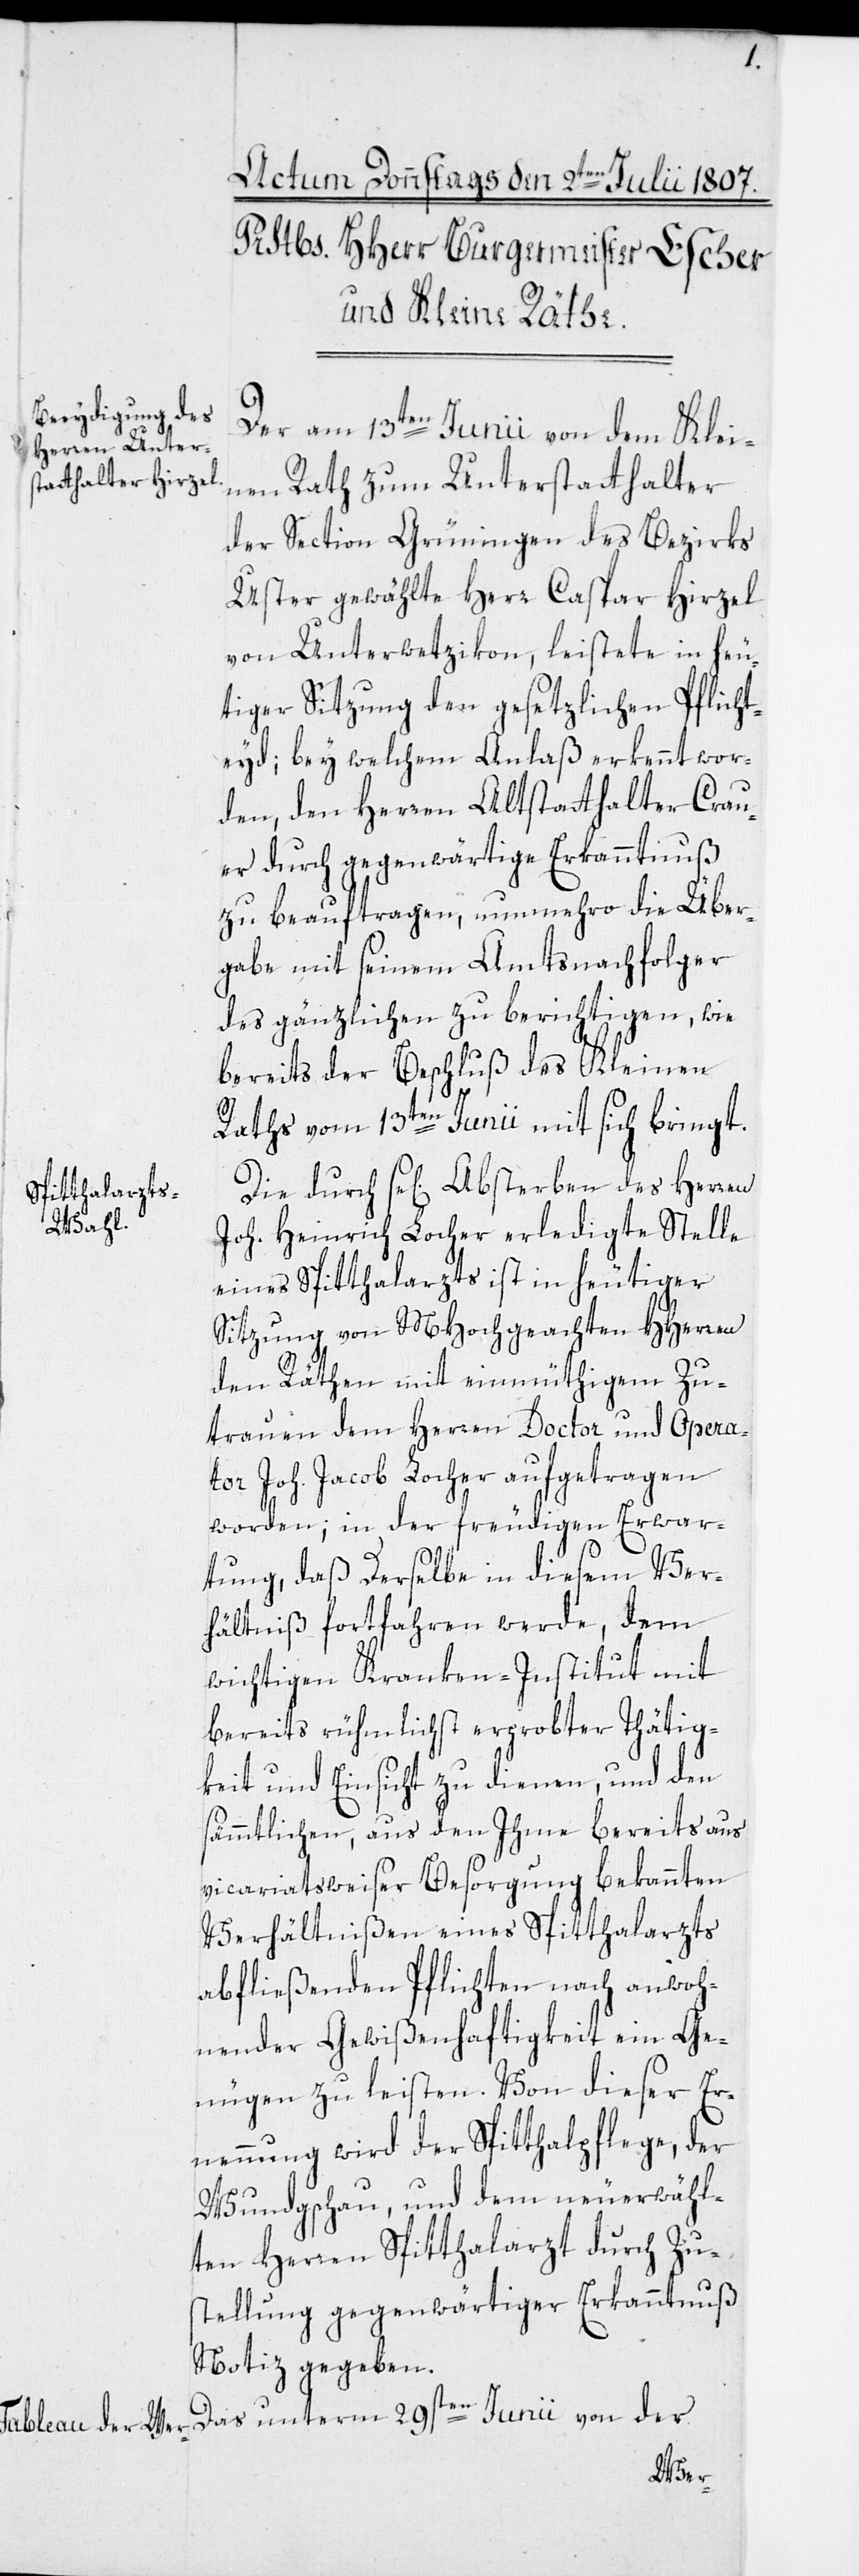
Der am 13ten Junii von dem Klei¬
nen Rath zum Unterstatthalter
der Section Grüningen des Bezirks
Uster gewählte Herr Caspar Hirzel
von Unterwetzikon, leistete in heu¬
tiger Sitzung den gesetzlichen Pflicht¬
eyd; bey welchem Anlaß erkennt wor¬
den, den Herren Altstatthalter Crau¬
er durch gegenwärtige Erkanntnuß
zu beauftragen, nunmehro die Über¬
gabe mit seinem Amtsnachfolger
des gänzlichen zu berichtigen, wie
bereits der Beschluß des Kleinen
Raths vom 13ten Junii mit sich bringt.
Die durch sel[iges] Absterben des Herren
Joh. Heinrich Locher erledigte Stelle
eines Spitthalarzts ist in heutiger
Sitzung von MHochgeachten HHerren
den Räthen mit einmüthigem Zu¬
trauen dem Herren Doctor und Opera¬
tor Joh. Jacob Locher aufgetragen
worden; in der freudigen Erwar¬
tung, daß derselbe in diesem Ver¬
hältniß fortfahren werde, dem
wichtigen Kranken-Institut mit
bereits rühmlichst erprobter Thätig¬
keit und Einsicht zu dienen, und den
sämmtlichen, aus den Ihme bereits aus
vicariatsweiser Besorgung bekannten
Verhältnißen eines Spitthalarzts
abfließenden Pflichten nach anwoh¬
nender Gewißenhaftigkeit ein Ge¬
nügen zu leisten. Von dieser Er¬
nennung wird der Spitthalpflege, der
Wundgschau, und dem neuerwähl¬
ten Herren Spitthalarzt durch Zu¬
stellung gegenwärtiger Erkanntnuß
Notiz gegeben.
der